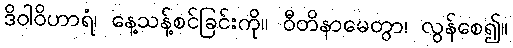
ဒိဝါဝိဟာရံ၊ နေ့သန့်စင်ခြင်းကို။ ဝီတိနာမေတွာ၊ လွန်စေ၍။